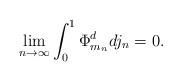
LaTeX: \begin{align*}\lim_{n \to \infty}\int_{0}^{1}\Phi^d_{m_n}dj_n = 0. \end{align*}